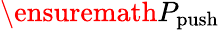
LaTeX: \ensuremath{P_{\mathrm{push}}}